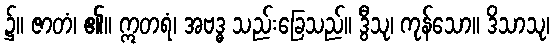
၌။ ဇာတံ၊ ၏။ ဣတရံ၊ အဗဒ္ဓ သည်းခြေသည်။ ဒွီသု၊ ကုန်သော။ ဒိသာသု၊